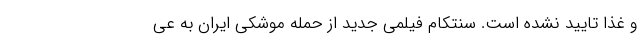
و غذا تایید نشده است. سنتکام فیلمی جدید از حمله موشکی ایران به عی